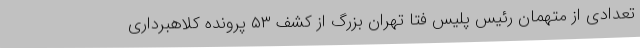
تعدادی از متهمان رئیس پلیس فتا تهران بزرگ از کشف ۵۳ پرونده کلاهبرداری